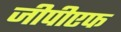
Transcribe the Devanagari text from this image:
जीपीएफ